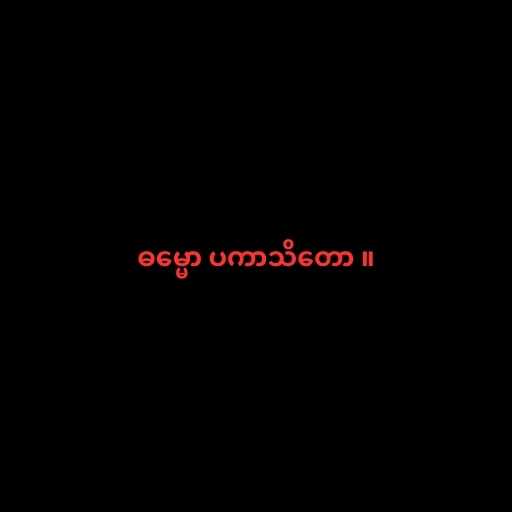
ဓမ္မော ပကာသိတော ။